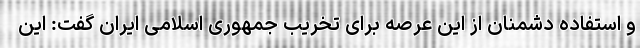
و استفاده دشمنان از این عرصه برای تخریب جمهوری اسلامی ایران گفت: این